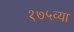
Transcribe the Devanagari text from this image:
१७५व्या